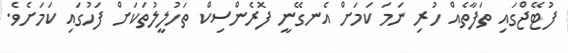
ފުޓޭޖްގައި ތަފާތެއް ހުރި ނަމަ ކަމަށް އެނގޭނީ ފޮރެންސިކް ތަހުލީލުތަކަށް ފަހުގައި ކަމަށެވެ.